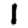
Digit: 1